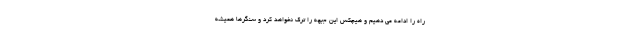
راه را ادامه می دهیم و هیچکس این جبهه را ترک نخواهد کرد و سنگرها همیشه